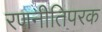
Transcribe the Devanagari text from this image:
रणनीतिपरक